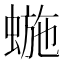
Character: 𱿸